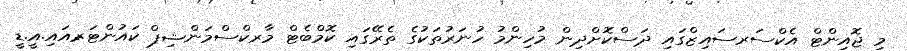
މި ޖޮއިންޓް އެކްސަރސައިޒްގައި ދަސްކޮށްދިން މުހިންމު ހުނަރުތަކުގެ ތެރޭގައި ކޮމްބެޓް މާރކްސްމަންޝިޕް ކައުންޓަރ-އައި.އީ.ޑީ